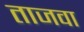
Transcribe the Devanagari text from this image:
ताजवा